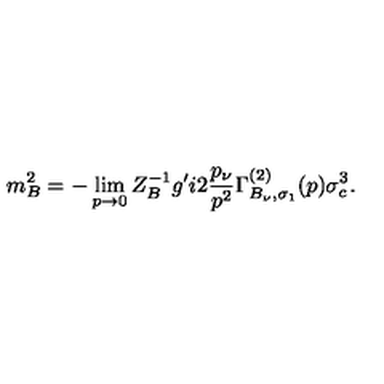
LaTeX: m _ { B } ^ { 2 } = - \lim _ { p \to 0 } Z _ { B } ^ { - 1 } g ^ { \prime } i 2 { \frac { p _ { \nu } } { p ^ { 2 } } } \Gamma _ { B _ { \nu } , \sigma _ { 1 } } ^ { ( 2 ) } ( p ) \sigma _ { c } ^ { 3 } .